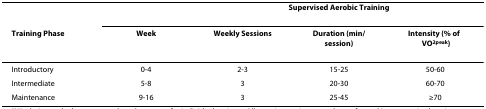
<table><thead><tr><td></td><td></td><td colspan="3"><b>Supervised Aerobic Training</b></td></tr><tr><td><b>Training Phase</b></td><td><b>Week</b></td><td><b>Weekly Sessions</b></td><td><b>Duration (min/session)</b></td><td><b>Intensity (% of VO<sub>2peak</sub>)</b></td></tr></thead><tbody><tr><td>Introductory</td><td>0-4</td><td>2-3</td><td>15-25</td><td>50-60</td></tr><tr><td>Intermediate</td><td>5-8</td><td>3</td><td>20-30</td><td>60-70</td></tr><tr><td>Maintenance</td><td>9-16</td><td>3</td><td>25-45</td><td>≥70</td></tr></tbody></table>